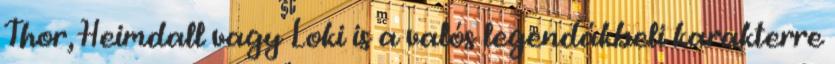
Thor, Heimdall vagy Loki is a valós legendákbeli karakterre